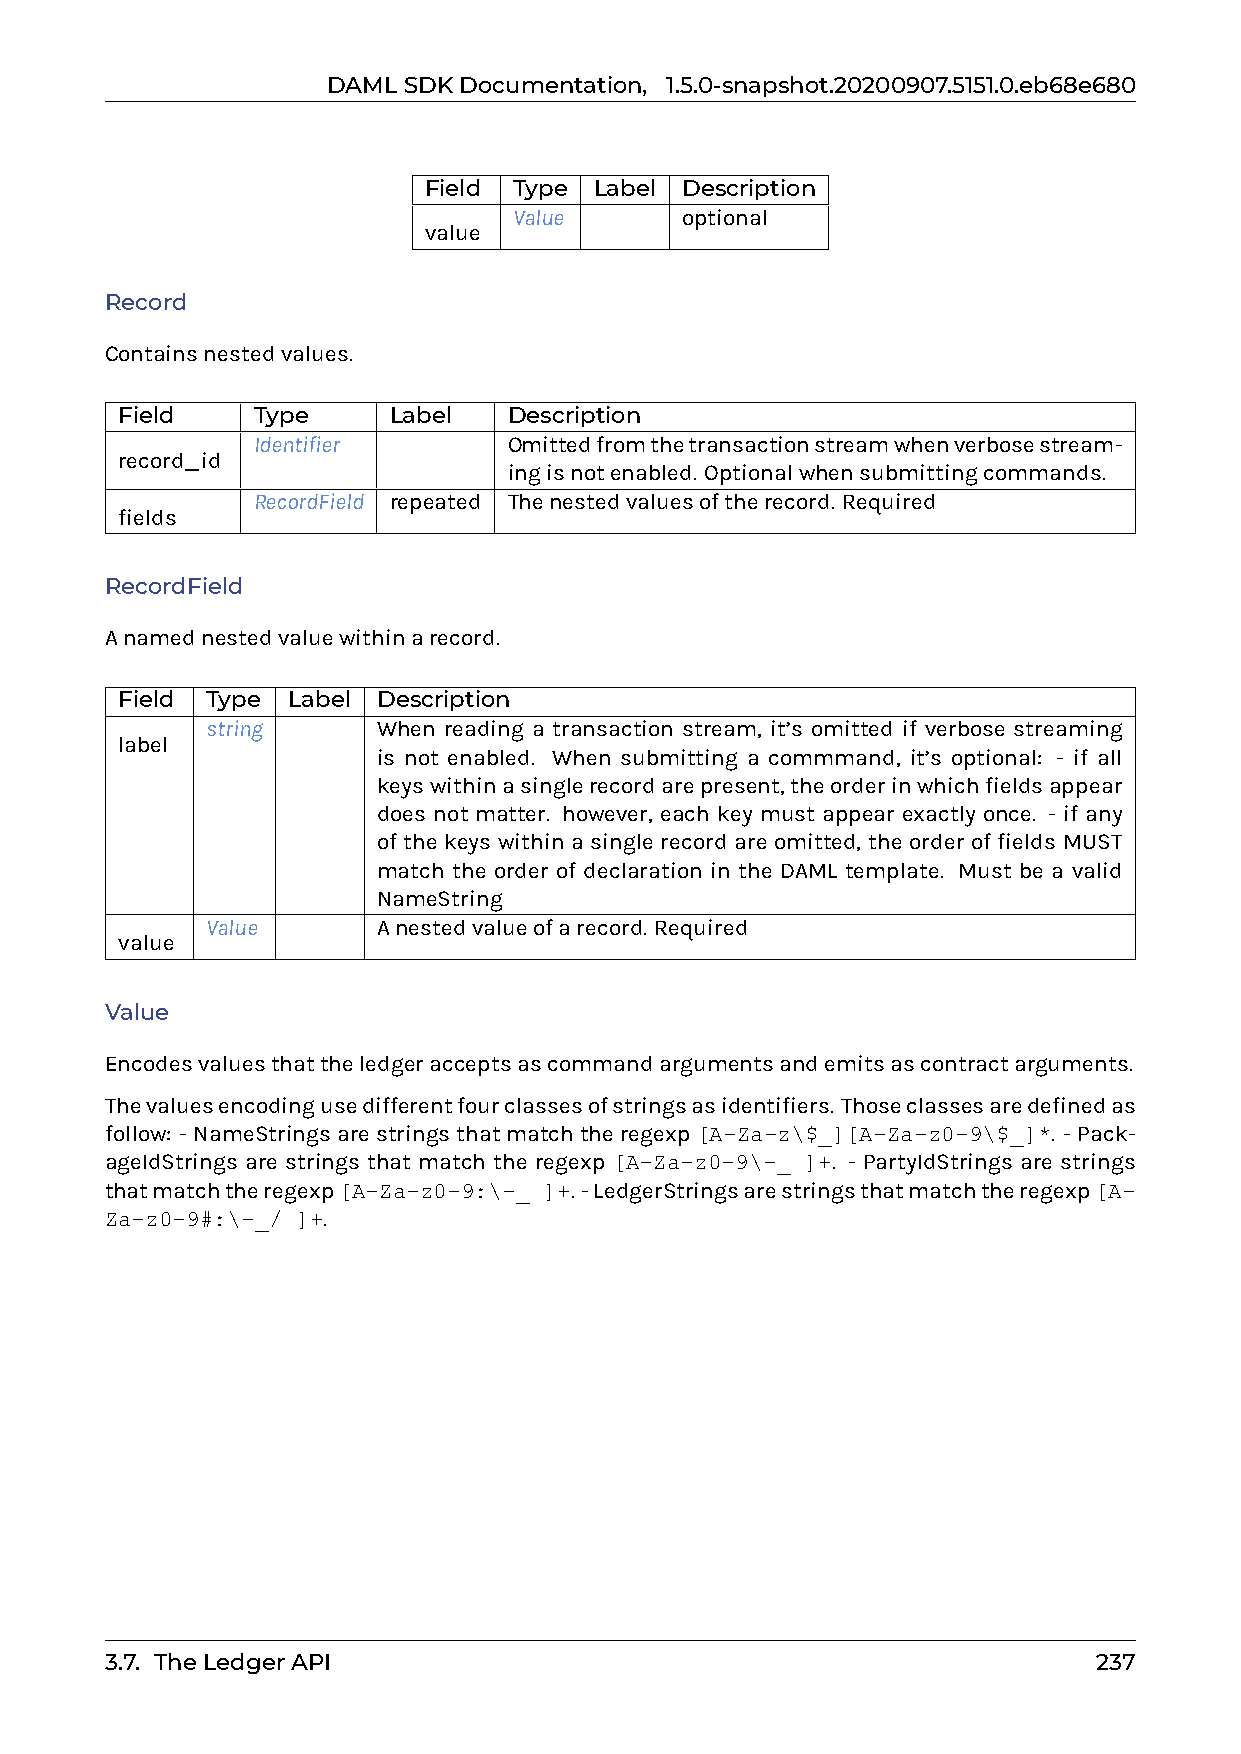
DAMLSDKDocumentation, 1.5.0-snapshot.20200907.5151.0.eb68e680
 Field Type Label Description
 Value      optional
 value
 Record
 Containsnestedvalues.
 Field    Type     Label   Description
 Identifier       Omittedfromthetransactionstreamwhenverbosestream-
 record_id
 ingisnotenabled. Optionalwhensubmittingcommands.
 RecordField repeated Thenestedvaluesoftherecord. Required
 fields
 RecordField
 Anamednestedvaluewithinarecord.
 Field Type Label Description
 string     When reading a transaction stream, it’s omitted if verbose streaming
 label
 is not enabled. When submitting a commmand, it’s optional: - if all
 keyswithinasinglerecordarepresent,theorderinwhichfieldsappear
 does not matter. however, each key must appear exactly once. - if any
 of the keys within a single record are omitted, the order of fields MUST
 match the order of declaration in the DAML template. Must be a valid
 NameString
 Value      Anestedvalueofarecord. Required
 value
 Value
 Encodesvaluesthattheledgeracceptsascommandargumentsandemitsascontractarguments.
 Thevaluesencodingusedifferentfourclassesofstringsasidentifiers. Thoseclassesaredefinedas
 follow: -NameStringsarestringsthatmatchtheregexp[A-Za-z\$_][A-Za-z0-9\$_]*. -Pack-
 ageIdStrings are strings that match the regexp [A-Za-z0-9\-_ ]+. - PartyIdStrings are strings
 thatmatchtheregexp[A-Za-z0-9:\-_ ]+. -LedgerStringsarestringsthatmatchtheregexp[A-
 Za-z0-9#:\-_/ ]+.
 3.7. TheLedgerAPI                                                 237